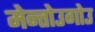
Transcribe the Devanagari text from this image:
मेन्तोउगोउ